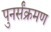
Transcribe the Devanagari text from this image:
पुनर्संक्रमण